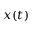
x ( t )